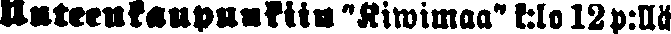
Uuteenkaupunkiin "Kiwimaa" k:lo 12 p:llä